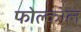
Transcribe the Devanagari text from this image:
फोल्कोल